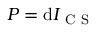
{ \cal P } = \mathrm { d } I _ { \mathrm { ~ C ~ S ~ } }